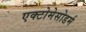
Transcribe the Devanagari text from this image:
एक्टोमेसोडर्म